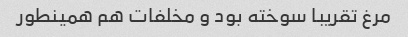
مرغ تقریبا سوخته بود و مخلفات هم همینطور